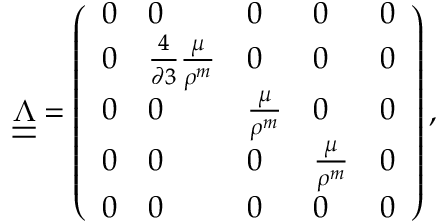
\begin{array} { r } { \underline { { \underline { { \boldsymbol \Lambda } } } } = \left( \begin{array} { l l l l l } { 0 } & { 0 } & { 0 } & { 0 } & { 0 } \\ { 0 } & { \frac { 4 } { \partial 3 } \frac { \mu } { \rho ^ { m } } } & { 0 } & { 0 } & { 0 } \\ { 0 } & { 0 } & { \frac { \mu } { \rho ^ { m } } } & { 0 } & { 0 } \\ { 0 } & { 0 } & { 0 } & { \frac { \mu } { \rho ^ { m } } } & { 0 } \\ { 0 } & { 0 } & { 0 } & { 0 } & { 0 } \end{array} \right) , } \end{array}